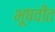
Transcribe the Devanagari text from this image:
भूषवीत